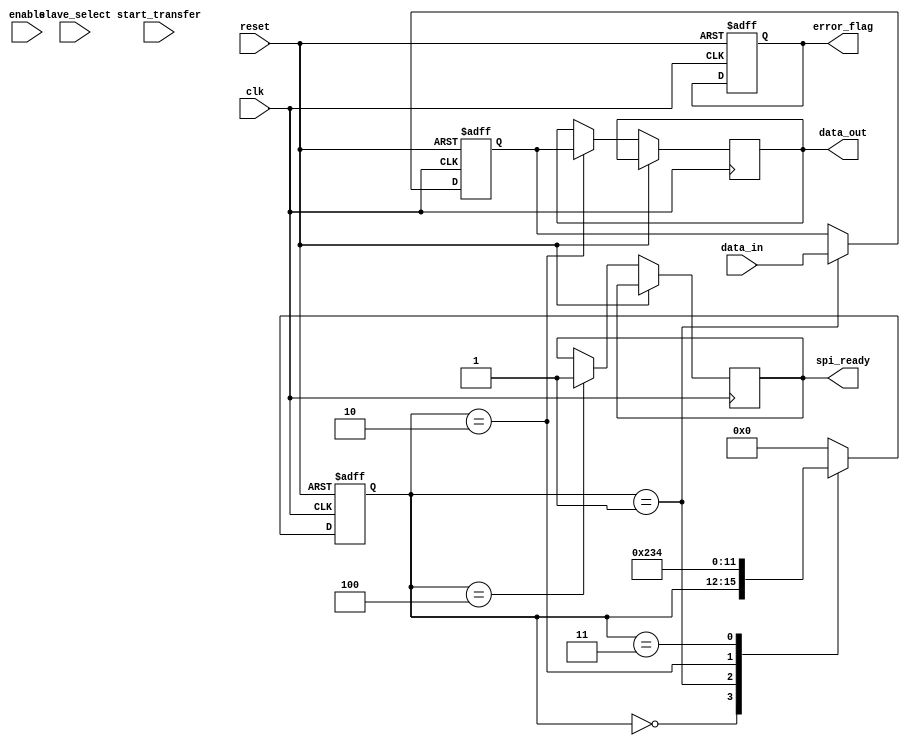
module spi_master(
  input wire clk,
  input wire reset,
  input wire enable,
  input wire [7:0] data_in,
  input wire slave_select,
  input wire start_transfer,
  output wire spi_ready,
  output wire [7:0] data_out,
  output reg error_flag
);

parameter DATA_WIDTH = 8;
parameter CLOCK_FREQ = 1000000;
parameter SLAVE_ADDR = 4;

reg [DATA_WIDTH-1:0] shift_reg;
reg [3:0] state;
reg [7:0] data_out_internal;
reg spi_ready_internal;

always @(posedge clk or posedge reset) begin
  if (reset) begin
    state <= 0;
    shift_reg <= 0;
    error_flag <= 0;
  end 
  else begin
    case(state)
      0: begin // idle state
        if(enable) begin
          if(slave_select == SLAVE_ADDR && start_transfer) begin
            state <= 1;
          end
        end
      end
      1: begin // transfer state
        shift_reg <= {shift_reg[DATA_WIDTH-2:0], data_in};
        state <= 2;
      end
      2: begin // transmit state
        data_out_internal <= shift_reg[DATA_WIDTH-1:0];
        state <= 3;
      end
      3: begin // wait state
        state <= 4;
      end
      4: begin // done state
        spi_ready_internal <= 1;
        state <= 0;
      end
      default: state <= 0;
    endcase
  end
end

always @(*) begin
  data_out = data_out_internal;
  spi_ready = spi_ready_internal;
end

endmodule